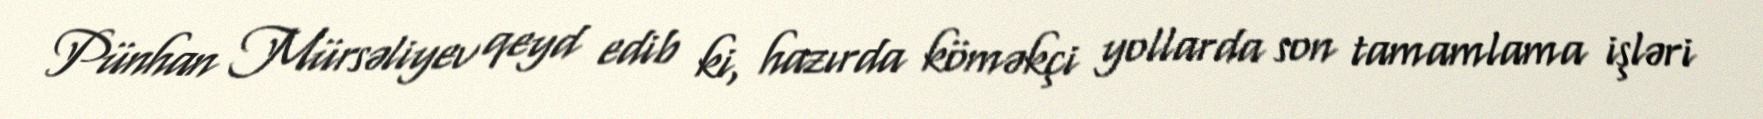
Pünhan Mürsəliyev qeyd edib ki, hazırda köməkçi yollarda son tamamlama işləri